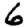
Digit: 6